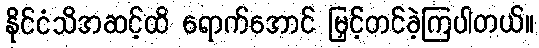
နိုင်ငံသိအဆင့်ထိ ရောက်အောင် မြှင့်တင်ခဲ့ကြပါတယ်။